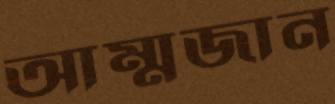
আম্মজান